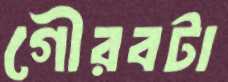
গৌরবটা